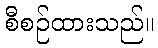
စီစဉ်ထားသည်။